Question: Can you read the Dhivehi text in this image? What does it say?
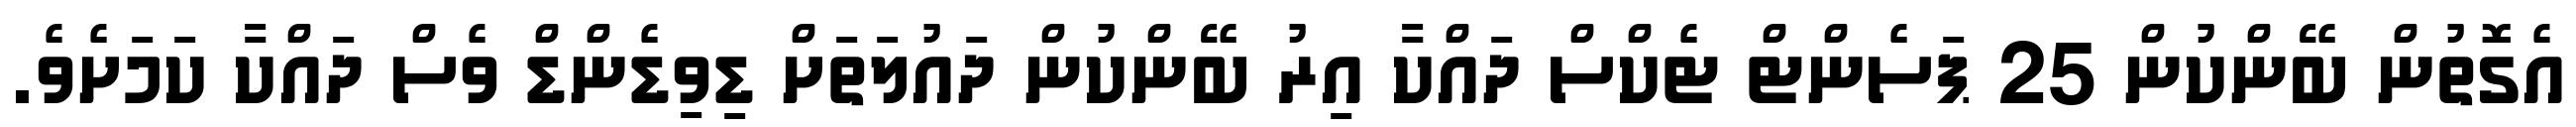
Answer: އެގޮތުން ބޭންކުން 25 ޕަސެންޓް ޓެކްސް ދައްކާ އިރު ބޭންކުން ދައުލަތަށް ޑިވިޑެންޑް ވެސް ދައްކާ ކަމަށެވެ.